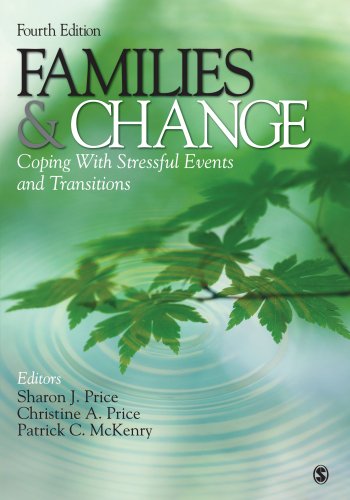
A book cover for Families & Change: Coping With Stressful Events and Transitions; Politics & Social Sciences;